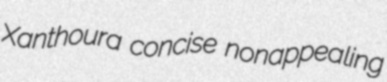
Xanthoura concise nonappealing